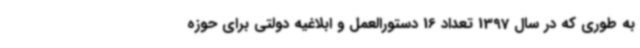
به طوری که در سال 1397 تعداد 16 دستورالعمل و ابلاغیه دولتی برای حوزه